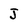
Character: J